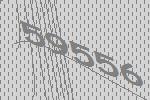
59556